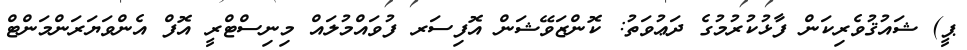
ޕީ) ޝައުޤުވެރިކަން ފާޅުކުރުމުގެ ދަޢުވަތު: ކޮންޒަވޭޝަން އޮފިސަރ ފުވައްމުލައް މިނިސްޓްރީ އޮފް އެންވަޔަރަންމަންޓް